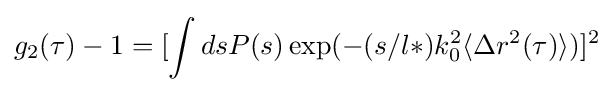
g_{2}(\tau )-1=[\int {dsP(s)\exp(-(s/l*)k_{0}^{2}\langle \Delta r^{2}(\tau )\rangle )}]^{2}